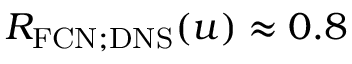
R _ { \mathrm { F C N ; D N S } } ( u ) \approx 0 . 8